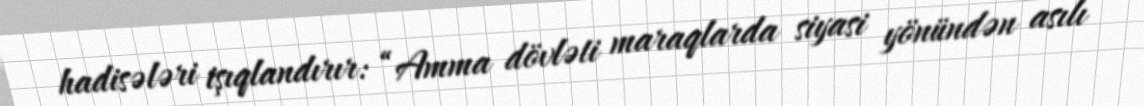
hadisələri işıqlandırır: “Amma dövləti maraqlarda siyasi yönündən asılı